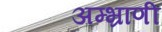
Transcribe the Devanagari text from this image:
अम्भ्राणी